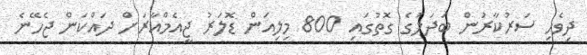
ދިވެހި ސަރުކާރުން ބަދަލުގެ ގޮތުގައި 800 މިލިއަން ޑޮލަރު ޖީއެމްއާރަށް ދައްކަން ޖެހޭނެ